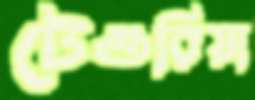
টেগুরিয়া